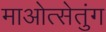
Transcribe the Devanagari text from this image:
माओत्सेतुंग